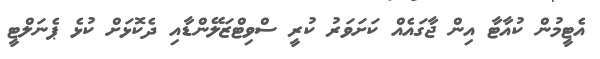
އެޓީމުން ކުއާޓާ އިން ޖާގައެއް ކަށަވަރު ކުރީ ސްވިޓްޒަލޭންޑާއި ދެކޮޅަށް ކުޅެ ޕެނަލްޓީ